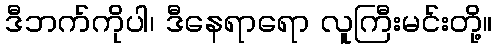
ဒီဘက်ကိုပါ၊ ဒီနေရာရော လူကြီးမင်းတို့။